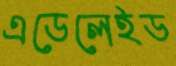
এডেলেইড